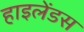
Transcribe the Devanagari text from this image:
हाइलेंडस